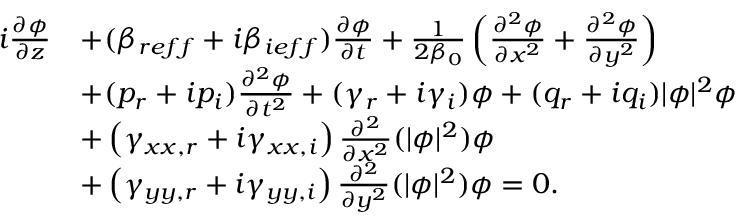
\begin{array} { r l } { i \frac { \partial \phi } { \partial z } } & { + ( \beta _ { r e f f } + i \beta _ { i e f f } ) \frac { \partial \phi } { \partial t } + \frac { 1 } { 2 \beta _ { 0 } } \left( \frac { \partial ^ { 2 } \phi } { \partial x ^ { 2 } } + \frac { \partial ^ { 2 } \phi } { \partial y ^ { 2 } } \right) } \\ & { + ( p _ { r } + i p _ { i } ) \frac { \partial ^ { 2 } \phi } { \partial t ^ { 2 } } + ( \gamma _ { r } + i \gamma _ { i } ) \phi + ( q _ { r } + i q _ { i } ) | \phi | ^ { 2 } \phi } \\ & { + \left( \gamma _ { x x , r } + i \gamma _ { x x , i } \right) \frac { \partial ^ { 2 } } { \partial x ^ { 2 } } ( | \phi | ^ { 2 } ) \phi } \\ & { + \left( \gamma _ { y y , r } + i \gamma _ { y y , i } \right) \frac { \partial ^ { 2 } } { \partial y ^ { 2 } } ( | \phi | ^ { 2 } ) \phi = 0 . } \end{array}